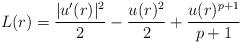
LaTeX: \begin{align*}L(r)=\frac{|u'(r)|^2}{2}-\frac{u(r)^2}{2}+\frac{u(r)^{p+1}}{p+1}\end{align*}